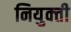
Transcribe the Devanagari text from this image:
नियुक्‍ती